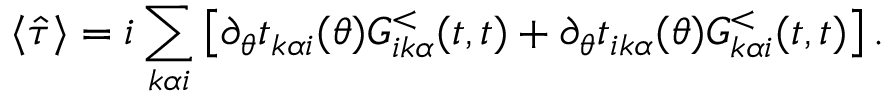
\langle \hat { \tau } \rangle = i \sum _ { k \alpha i } \left[ \partial _ { \theta } t _ { k \alpha i } ( \theta ) G _ { i k \alpha } ^ { < } ( t , t ) + \partial _ { \theta } t _ { i k \alpha } ( \theta ) G _ { k \alpha i } ^ { < } ( t , t ) \right] .